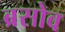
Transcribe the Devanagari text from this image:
ब्रसोव